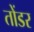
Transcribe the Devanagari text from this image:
तोंडर